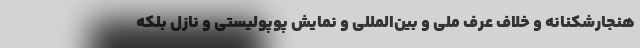
هنجارشکنانه و خلاف عرف ملی و بین‌المللی و نمایش پوپولیستی و نازل بلکه